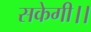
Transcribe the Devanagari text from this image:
सकेगी।।